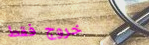
خروج فقط